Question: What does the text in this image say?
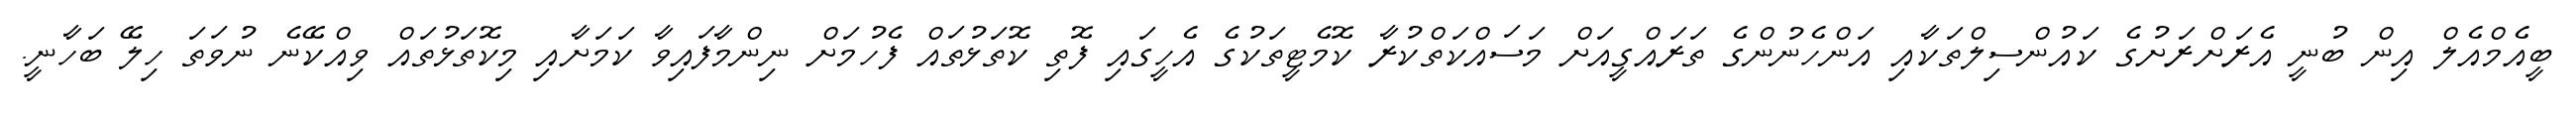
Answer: ބީއެމްއެލް އިން ބުނީ އެރަށްރަށުގެ ކައުންސިލްތަކާއި އަންހެނުންގެ ތަރައްގީއަށް މަސައްކަތްކުރާ ކޮމެޓީތަކުގެ އެހީގައި ފޮތި ކޮތަޅުތައް ފެހުމަށް ނިންމާފައިވާ ކަމަށާއި މިކޮތަޅުތައް ވިއްކޭނެ ނުވަތަ ހިލޭ ބަހާނީ.